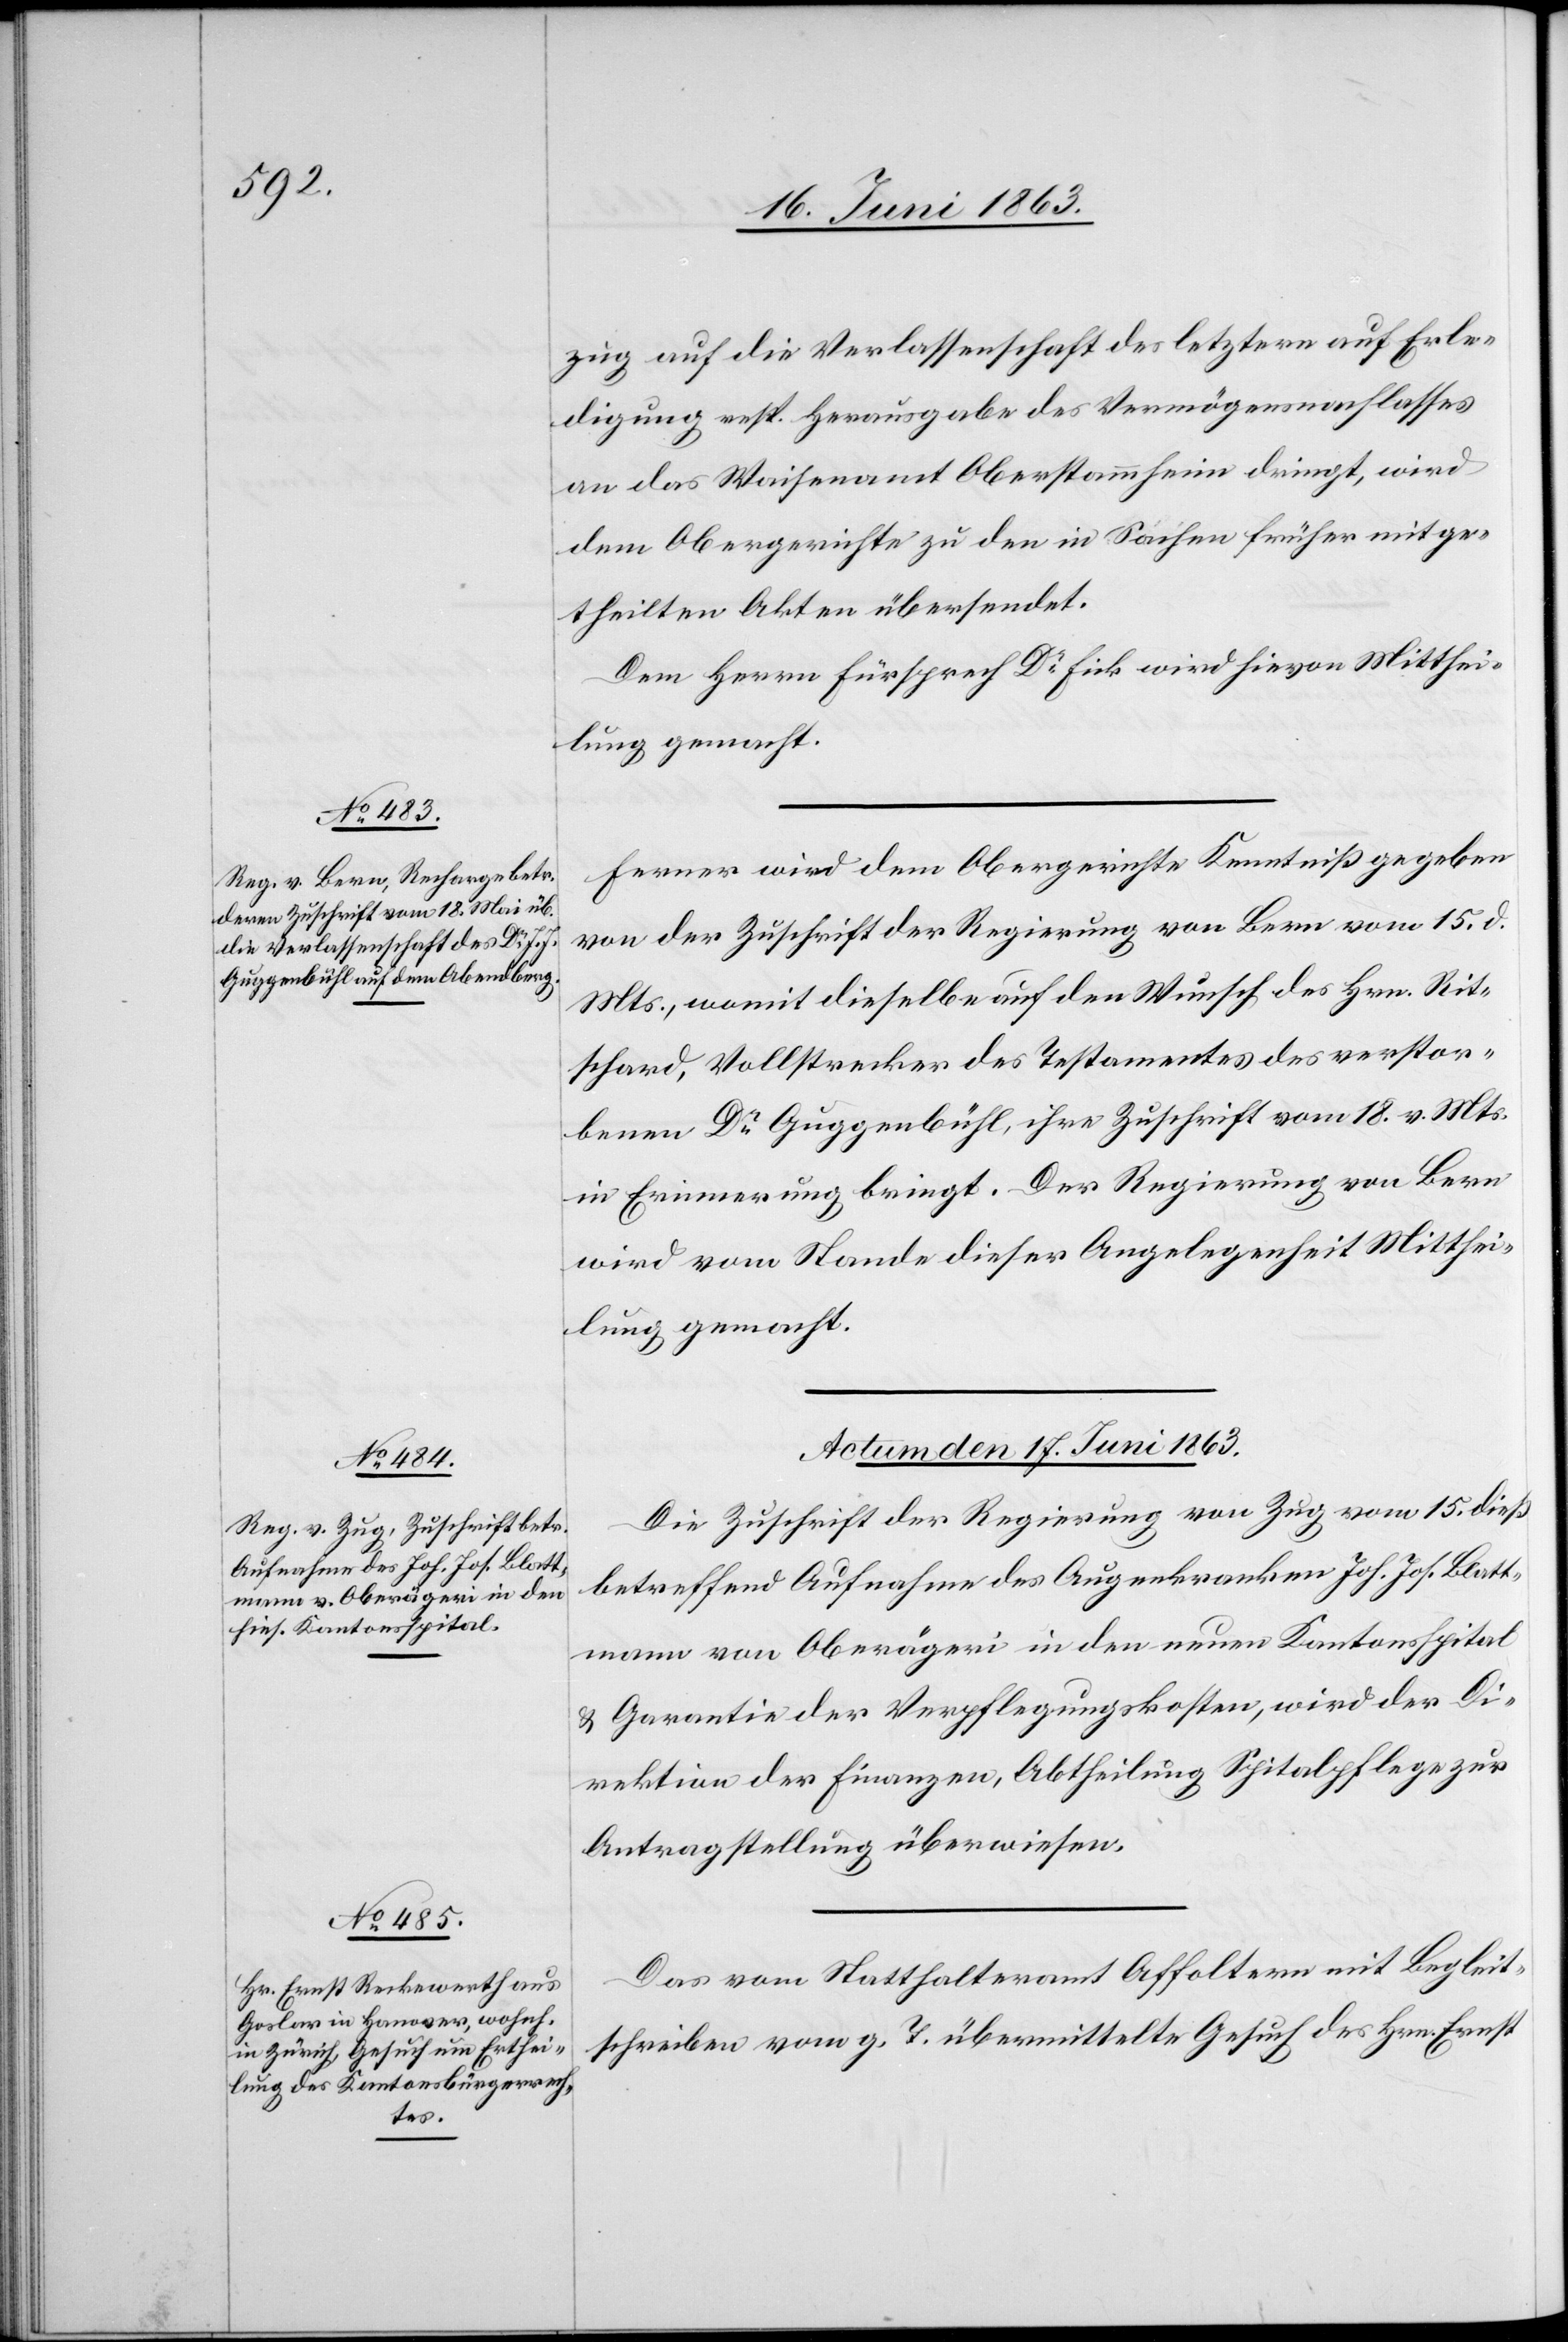
zug auf die Verlassenschaft des letztern auf Erle¬
digung resp. Herausgabe des Vermögensnachlasses
an das Waisenamt Oberstammheim dringt, wird
dem Obergerichte zu den in Sachen früher mitge¬
theilten Akten übersendet.
Dem Herrn Fürsprech Dr Fick wird hievon Mitthei¬
lung gemacht.
Ferner wird dem Obergerichte Kenntniß gegeben
von der Zuschrift der Regierung von Bern vom 15. d.
Mts., womit dieselbe auf den Wunsch des Hrn. Rit¬
schard, Vollstrecker des Testamentes des verstor¬
benen Dr Guggenbühl, ihre Zuschrift vom 18. v. Mts.
in Erinnerung bringt. Der Regierung von Bern
wird vom Stande dieser Angelegenheit Mitthei¬
lung gemacht.
Actum den 17. Juni 1863.]
Die Zuschrift der Regierung von Zug vom 15. dieß
betreffend Aufnahme des Augenkranken Joh. Jos. Blatt¬
mann von Oberägeri in den neuen Kantonsspital
& Garantie der Verpflegungskosten, wird der Di¬
rektion der Finanzen, Abtheilung Spitalpflege zur
Antragstellung überwiesen.
Das vom Statthalteramt Affoltern mit Begleit¬
schreiben vom g. T. übermittelte Gesuch des Hrn. Ernst